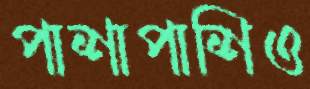
পাশাপাশিও